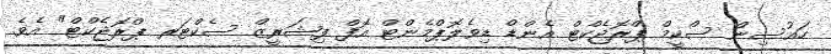
ހައުސިން ސްކީމް ޕްރޮޖެކްޓް އެންޑް ޑިވެލޮޕްމެންޓް އޮފް ފިޝަރީޒް ސެކްޓަރ ޕްރޮޖެކްޓް" އެވެ.